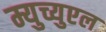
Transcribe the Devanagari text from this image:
म्युच्युएल